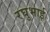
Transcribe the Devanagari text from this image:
रघुभाई